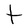
Character: t